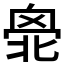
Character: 𠤣